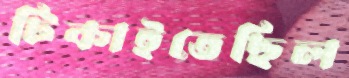
টিকাইতেছিল